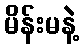
မိန်းမနဲ့